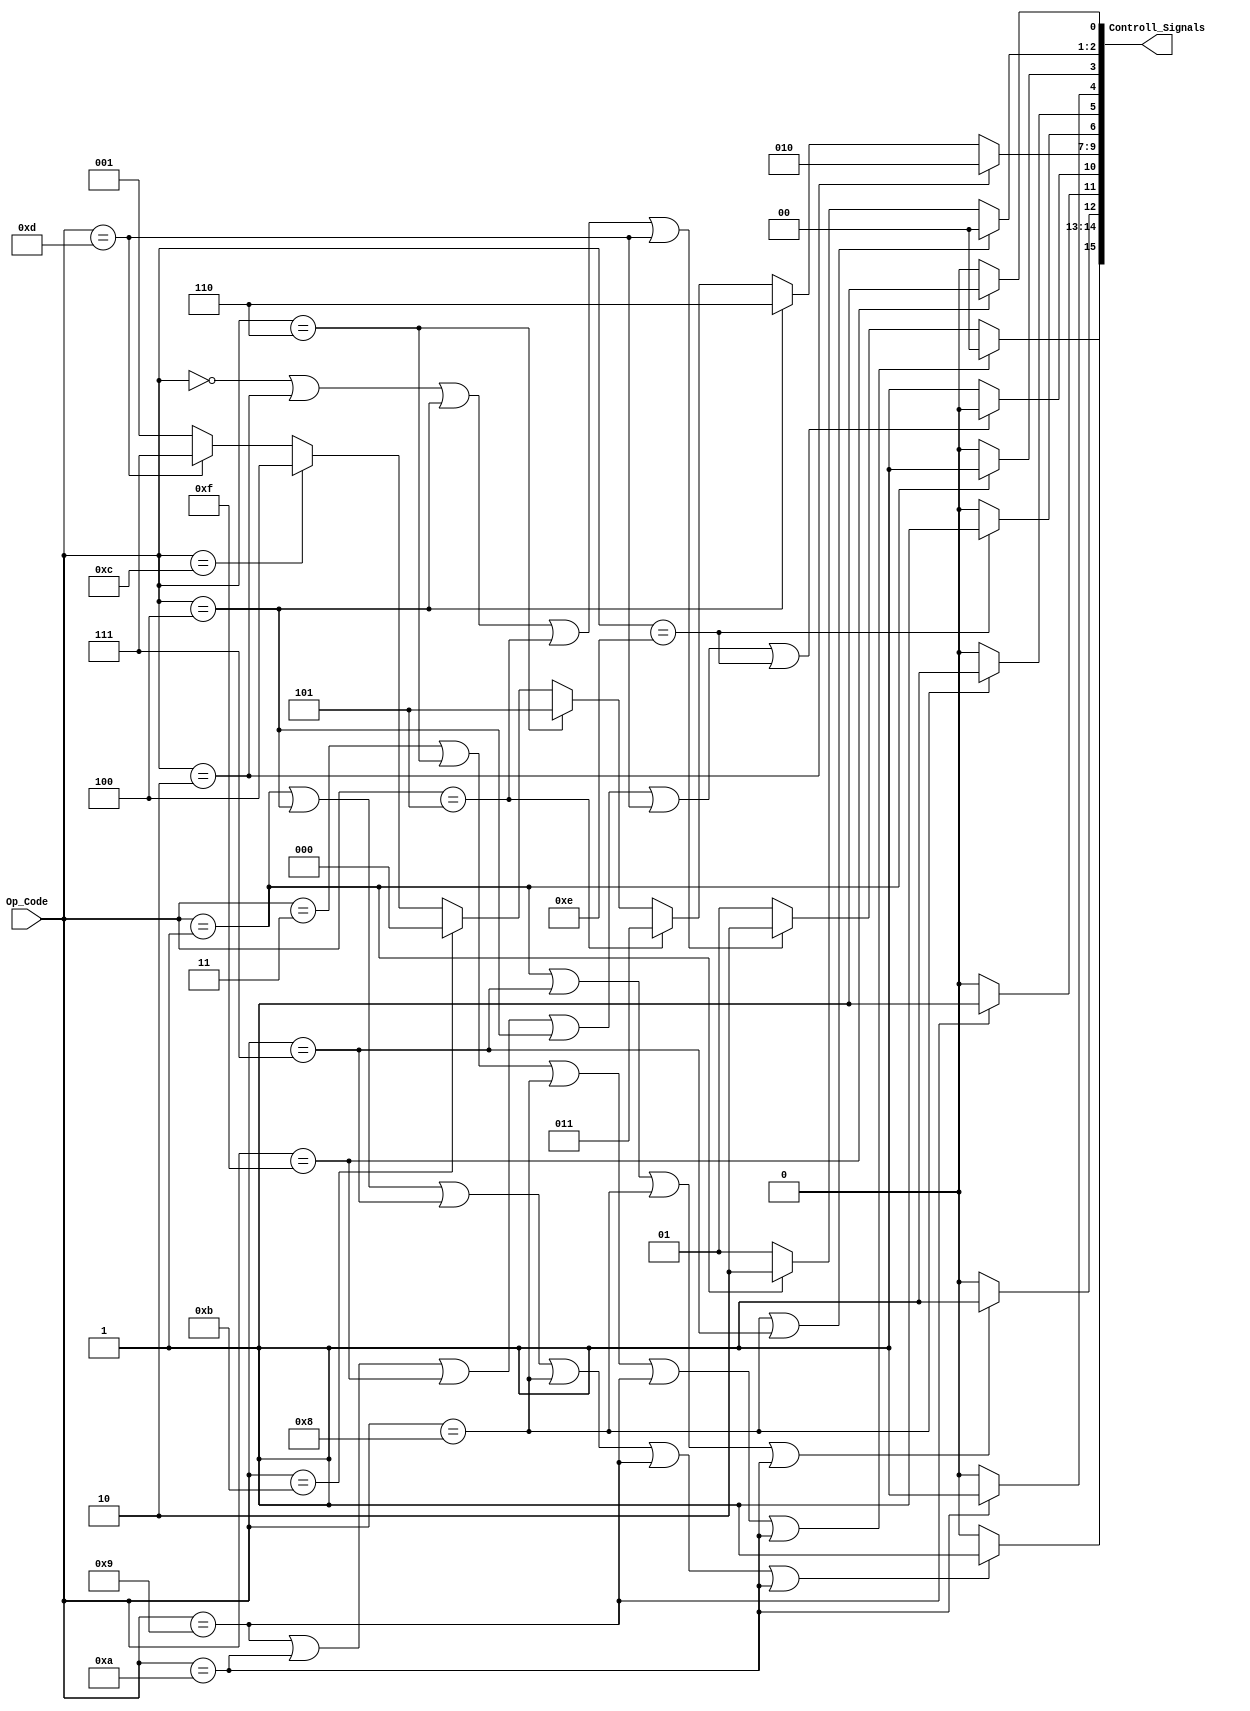
module Controller( Op_Code, Controll_Signals);
	input wire [3:0] Op_Code ;
	output [15:0] Controll_Signals ; 
	//[
	
	reg [15:0] Controll_Signals_register ; 

	assign Controll_Signals = Controll_Signals_register;

	initial begin 
		Controll_Signals_register <= 0 ;
	end
	always @(Op_Code) begin
		if(Op_Code == 4'b0001 || Op_Code == 4'b0100 || Op_Code == 4'b0111 || Op_Code == 4'b1000 || Op_Code == 4'b1001 || Op_Code == 4'b1010)
			Controll_Signals_register[15] <= 1;
		else 
			Controll_Signals_register[15] <= 0;

		if(Op_Code == 4'b0011 || Op_Code == 4'b0110 || Op_Code == 4'b1000 || Op_Code == 4'b1001 || Op_Code == 4'b1010)
			Controll_Signals_register[14:13] <= 0;
		else if (Op_Code == 4'b0000 || Op_Code == 4'b0010 || Op_Code == 4'b0100 || Op_Code == 4'b0101 || Op_Code == 4'b1101) 
			Controll_Signals_register[14:13] <= 2;
		else 
			Controll_Signals_register[14:13] <= 1;

		if(Op_Code == 4'b0001 || Op_Code == 4'b0111 || Op_Code == 4'b1000 || Op_Code == 4'b1010)
			Controll_Signals_register[12] <= 1;
		else 
			Controll_Signals_register[12] <= 0;

		if(Op_Code == 4'b1001)
			Controll_Signals_register[11] <= 1;
		else 
			Controll_Signals_register[11] <= 0;

		if(Op_Code == 4'b1001 || Op_Code == 4'b1010 || Op_Code == 4'b1111 || Op_Code == 4'b0100 || Op_Code == 4'b1101 || Op_Code == 4'b1110)
			Controll_Signals_register[10] <= 0;
		else 
			Controll_Signals_register[10] <= 1;	

		//Aluop
		if(Op_Code == 4'b0010)
			Controll_Signals_register[9:7] <= 2 ;
		else if(Op_Code == 4'b0100)
			Controll_Signals_register[9:7] <= 6 ;
		else if (Op_Code == 4'b0101)
			Controll_Signals_register[9:7] <= 3 ;
		else if (Op_Code == 4'b0110)
			Controll_Signals_register[9:7] <= 5 ;
		else if(Op_Code == 4'b1011)
			Controll_Signals_register[9:7] <= 0 ;
		else if(Op_Code == 4'b1100)
			Controll_Signals_register[9:7] <= 4 ;
		else if (Op_Code == 4'b1101)
			Controll_Signals_register[9:7] <= 7 ;
		else 
			Controll_Signals_register[9:7] <= 1 ;

		if(Op_Code == 4'b1110)
			Controll_Signals_register[6] <= 1;
		else 
			Controll_Signals_register[6] <= 0;

		if(Op_Code == 4'b1000)
			Controll_Signals_register[5] <= 1;
		else 
			Controll_Signals_register[5] <= 0;

		if(Op_Code == 4'b1010)
			Controll_Signals_register[4] <= 1;
		else 
			Controll_Signals_register[4] <= 0;

		if(Op_Code == 4'b0001)
			Controll_Signals_register[3] <= 1;
		else 
			Controll_Signals_register[3] <= 0;


		if(Op_Code == 4'b1000 || Op_Code == 4'b0111)
			Controll_Signals_register[2:1] <= 0;
		else if (Op_Code == 4'b0001)
			Controll_Signals_register[2:1] <= 2;
		else 
			Controll_Signals_register[2:1] <= 1;

		if (Op_Code == 4'b1111)
			Controll_Signals_register[0] <=1 ;
		else 
			Controll_Signals_register[0] <= 0 ;
	end 
endmodule